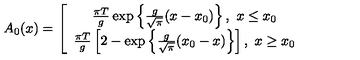
A _ { 0 } ( x ) = \left[ \begin{array} { c } { \frac { \pi T } g \exp \left\{ \frac g { \sqrt { \pi } } ( x - x _ { 0 } ) \right\} , \ x \leq x _ { 0 } } \\ { \frac { \pi T } g \left[ 2 - \exp \left\{ \frac g { \sqrt { \pi } } ( x _ { 0 } - x ) \right\} \right] , \ x \geq x _ { 0 } } \\ \end{array} \right.